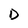
Character: D